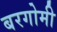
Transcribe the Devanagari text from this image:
बरगोमी